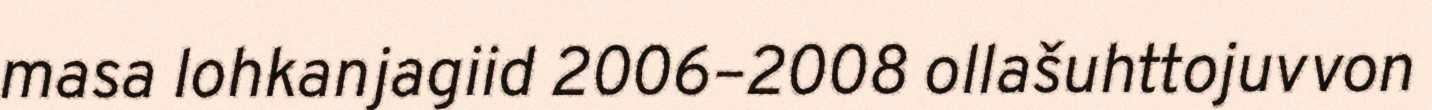
masa lohkanjagiid 2006–2008 ollašuhttojuvvon